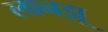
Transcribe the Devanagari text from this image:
लानझू